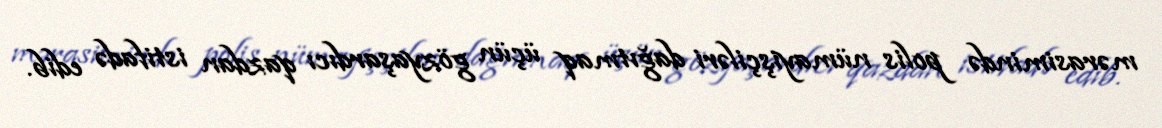
mərasimində polis nümayişçiləri dağıtmaq üçün gözyaşardıcı qazdan istifadə edib.